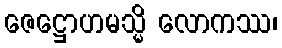
ဇေဋ္ဌောဟမသ္မိ လောကဿ၊